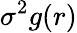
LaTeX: \sigma^{2}g(r)